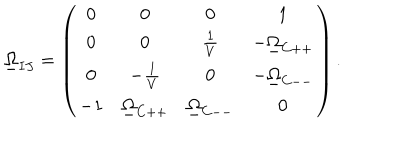
LaTeX: \underline { { { \Omega } } } _ { I J } = \left( \begin{array} { c c c c } { { 0 } } & { { 0 } } & { { 0 } } & { { 1 } } \\ { { 0 } } & { { 0 } } & { { \frac { 1 } { V } } } & { { - \underline { { { \Omega } } } _ { C + + } } } \\ { { 0 } } & { { - \frac { 1 } { V } } } & { { 0 } } & { { - \underline { { { \Omega } } } _ { C -- } } } \\ { { - 1 } } & { { \underline { { { \Omega } } } _ { C + + } } } & { { \underline { { { \Omega } } } _ { C -- } } } & { { 0 } } \\ \end{array} \right) .